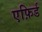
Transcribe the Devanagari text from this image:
एफ़िर्ड